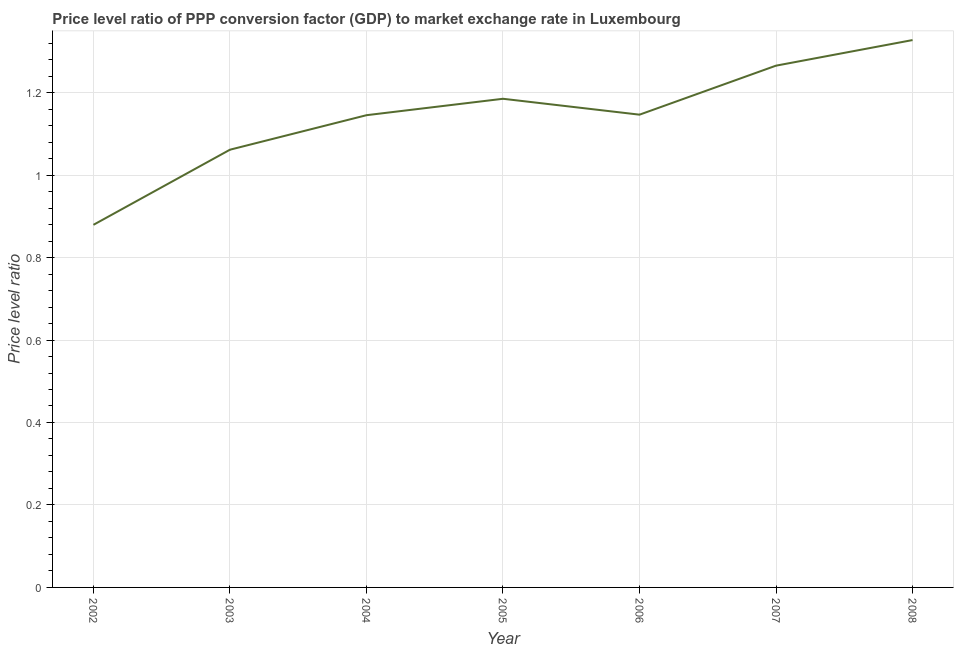
| Year | Price level ratio |
 | --- | --- |
 | 2002 | 0.879 |
 | 2003 | 1.06 |
 | 2004 | 1.15 |
 | 2005 | 1.19 |
 | 2006 | 1.15 |
 | 2007 | 1.27 |
 | 2008 | 1.33 |